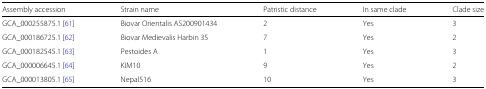
| Assembly accession | Strain name | Patristic distance | In same clade | Clade size |
 | --- | --- | --- | --- | --- |
 | GCA_000255875.1 [61] | Biovar Orientalis AS200901434 | 2 | Yes | 3 |
 | GCA_000186725.1 [62] | Biovar Medievalis Harbin 35 | 7 | Yes | 2 |
 | GCA_000182545.1 [63] | Pestoides A | 1 | Yes | 3 |
 | GCA_000006645.1 [64] | KIM10 | 9 | Yes | 2 |
 | GCA_000013805.1 [65] | Nepal516 | 10 | Yes | 3 |